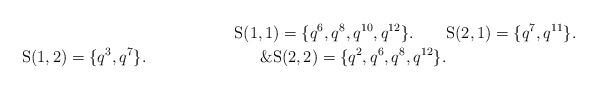
LaTeX: \begin{align*}\mathrm{S}(1,1)=\{q^6, q^8, q^{10}, q^{12}\}.\qquad&\mathrm{S}(2,1)=\{q^7, q^{11}\}.\\\mathrm{S}(1,2)=\{q^3, q^7\}.\qquad\qquad\qquad\quad\&\mathrm{S}(2,2)=\{q^2, q^6, q^{8}, q^{12}\}.\end{align*}